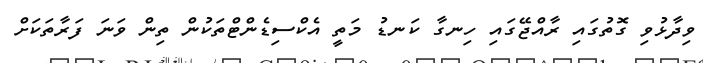
ވިދާޅުވި ގޮތުގައި ރާއްޖޭގައި ހިނގާ ކަނޑު މަތީ އެކްސިޑެންޓްތަކުން ތިން ވަނަ ފަރާތަކަށް